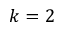
k = 2